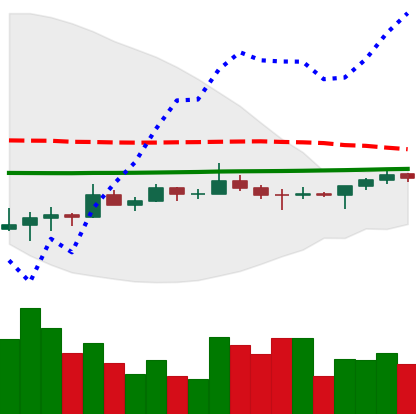
Ticker: TRX-USD
Chart end date: 2022-07-06
Forward return: -4.244%
Label: down_3_5